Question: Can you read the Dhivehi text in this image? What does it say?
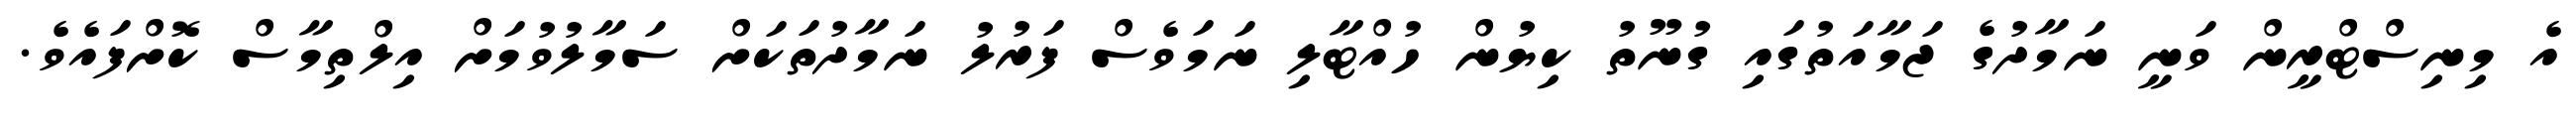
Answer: އެ މިނިސްޓްރީން ވަނީ ނަމާދުގެ ޖަމާއަތުގައި ގުނޫތު ކިޔުން ހުއްޓާލި ނަމަވެސް ފަރުލު ނަމާދުތަކަށް ސަމާލުވުމަށް އިލްތިމާސް ކޮށްފައެވެ.